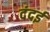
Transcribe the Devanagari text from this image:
दंदई